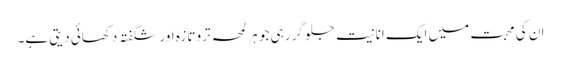
ان کی محبت میں ایک انانیت جلو گر رہی جو ہر لمحہ ترو تازہ اور شگفتہ دکھائی دیتی ہے۔